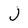
Character: j